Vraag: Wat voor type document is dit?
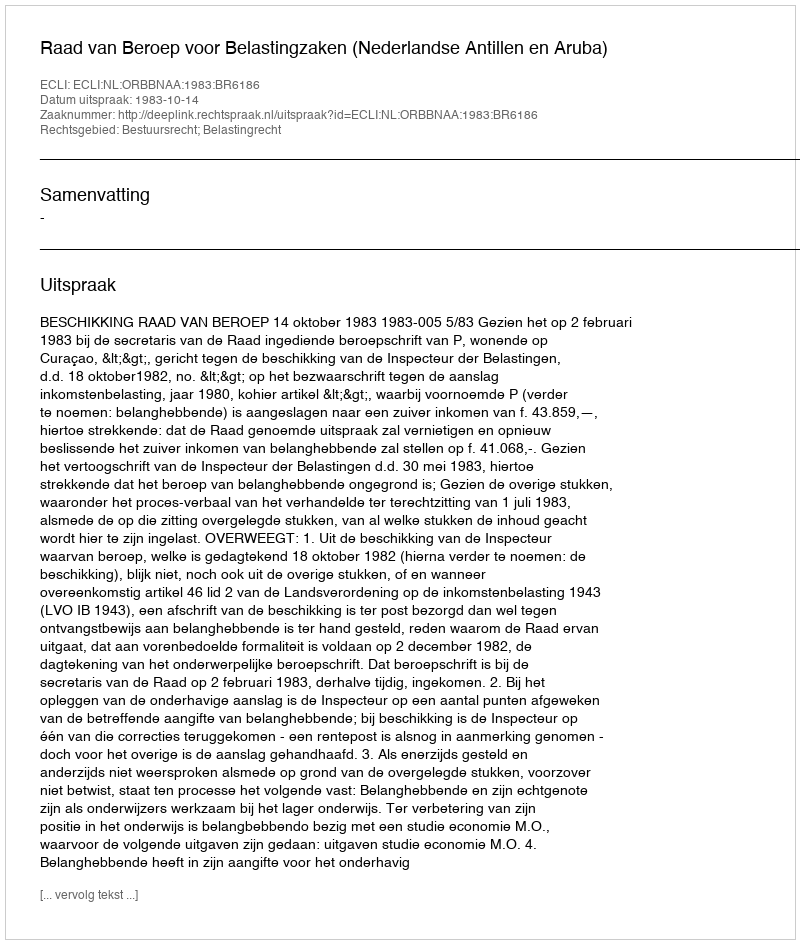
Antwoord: Uitspraak